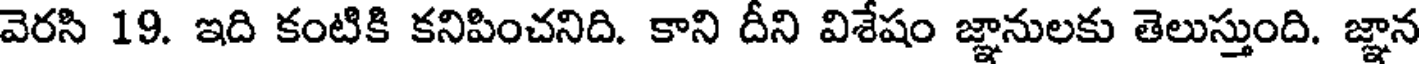
వెరసి 19. ఇది కంటికి కనిపించనిది. కాని దీని విశేషం జ్ఞానులకు తెలుస్తుంది. జ్ఞాన